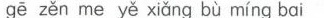
gē zěn me yě xiǎng bù míng bai